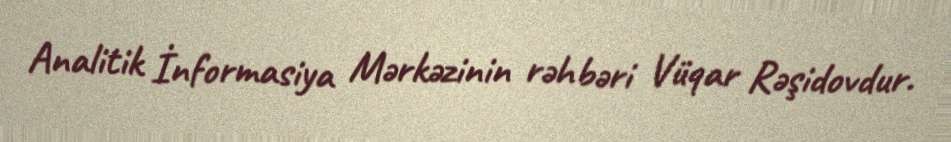
Analitik İnformasiya Mərkəzinin rəhbəri Vüqar Rəşidovdur.